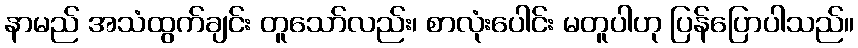
နာမည် အသံထွက်ချင်း တူသော်လည်း၊ စာလုံးပေါင်း မတူပါဟု ပြန်ပြောပါသည်။